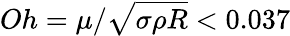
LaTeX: Oh=\mu/\sqrt{\sigma\rho R}<0.037